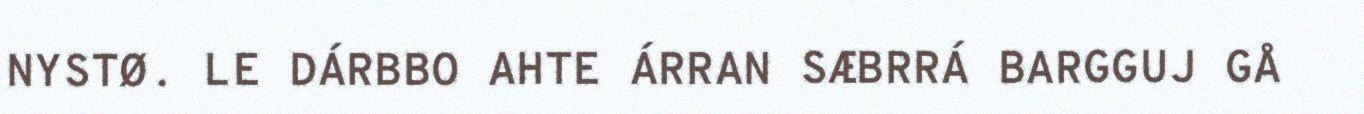
NYSTØ. LE DÁRBBO AHTE ÁRRAN SÆBRRÁ BARGGUJ GÅ